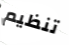
تنظيم